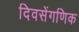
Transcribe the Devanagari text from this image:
दिवसेंगणिक